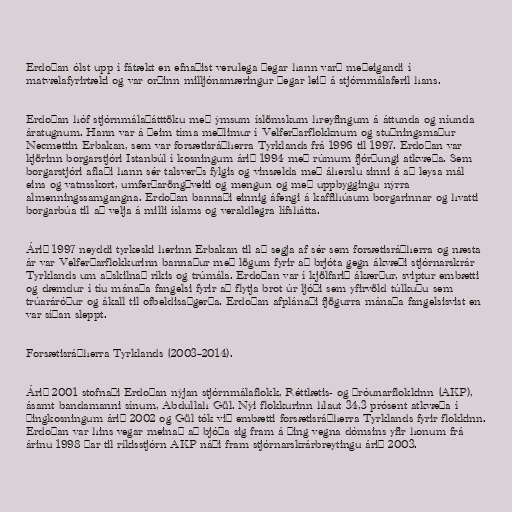
Erdoğan ólst upp í fátækt en efnaðist verulega þegar hann varð meðeigandi í
matvælafyrirtæki og var orðinn milljónamæringur þegar leið á stjórnmálaferil hans.

Erdoğan hóf stjórnmálaþátttöku með ýmsum íslömskum hreyfingum á áttunda og níunda
áratugnum. Hann var á þeim tíma meðlimur í Velferðarflokknum og stuðningsmaður
Necmettin Erbakan, sem var forsætisráðherra Tyrklands frá 1996 til 1997. Erdoğan var
kjörinn borgarstjóri Istanbúl í kosningum árið 1994 með rúmum fjórðungi atkvæða. Sem
borgarstjóri aflaði hann sér talsverðs fylgis og vinsælda með áherslu sinni á að leysa mál
eins og vatnsskort, umferðaröngþveiti og mengun og með uppbyggingu nýrra
almenningssamgangna. Erdoğan bannaði einnig áfengi á kaffihúsum borgarinnar og hvatti
borgarbúa til að velja á milli íslams og veraldlegra lífshátta.

Árið 1997 neyddi tyrkeski herinn Erbakan til að segja af sér sem forsætisráðherra og næsta
ár var Velferðarflokkurinn bannaður með lögum fyrir að brjóta gegn ákvæði stjórnarskrár
Tyrklands um aðskilnað ríkis og trúmála. Erdoğan var í kjölfarið ákærður, sviptur embætti
og dæmdur í tíu mánaða fangelsi fyrir að flytja brot úr ljóði sem yfirvöld túlkuðu sem
trúaráróður og ákall til ofbeldisaðgerða. Erdoğan afplánaði fjögurra mánaða fangelsisvist en
var síðan sleppt.

Forsætisráðherra Tyrklands (2003–2014).

Árið 2001 stofnaði Erdoğan nýjan stjórnmálaflokk, Réttlætis- og þróunarflokkinn (AKP),
ásamt bandamanni sínum, Abdullah Gül. Nýi flokkurinn hlaut 34,3 prósent atkvæða í
þingkosningum árið 2002 og Gül tók við embætti forsætisráðherra Tyrklands fyrir flokkinn.
Erdoğan var hins vegar meinað að bjóða sig fram á þing vegna dómsins yfir honum frá
árinu 1998 þar til ríkisstjórn AKP náði fram stjórnarskrárbreytingu árið 2003.